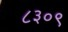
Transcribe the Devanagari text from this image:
८३०९